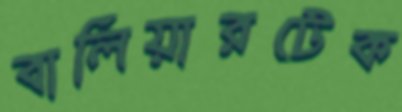
বালিয়ারটেক